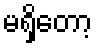
မရှိတော့